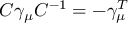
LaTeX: C \gamma _ { \mu } C ^ { - 1 } = - \gamma _ { \mu } ^ { T }